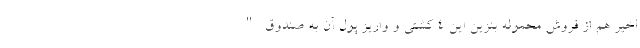
اخیر هم از فروش محموله بنزین این 4 کشتی و واریز پول آن به صندوق "